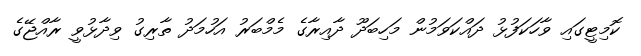
ކޮމިޓީގައި ވާހަކަފުޅު ދައްކަވަމުން މަހިބަދޫ ދާއިރާގެ މެމްބަރު އަހުމަދު ތާރިގު ވިދާޅުވީ ރާއްޖޭގެ